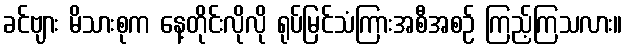
ခင်ဗျား မိသားစုက နေ့တိုင်းလိုလို ရုပ်မြင်သံကြားအစီအစဉ် ကြည့်ကြသလား။